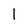
Character: l